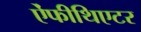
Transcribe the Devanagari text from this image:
ऐंफीथिएटर